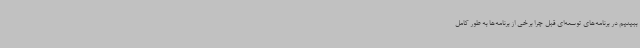
ببینیم در برنامه‌های توسعه‌ای قبل چرا برخی از برنامه‌ها به طور کامل